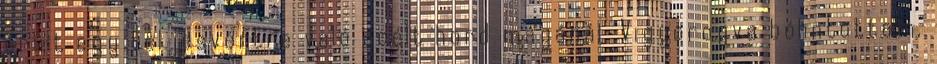
őrült egy teljesvértre való acélt hord magánál. Vigyorogva bólintottam,